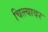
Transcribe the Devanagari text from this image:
चित्त्यावर